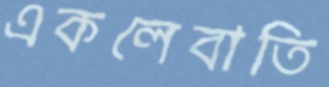
একলেবাতি